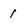
Character: 1